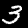
Label: 3